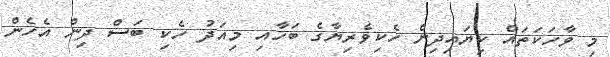
މި ވާހަކަތައް ކިޔައިދިން ހެކިވެރިޔާގެ ބަހާއި މިއަދު ހެކި ބަސް ދިން އެހެން